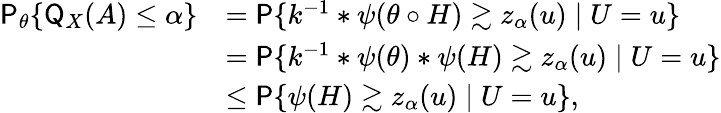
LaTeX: \begin{array}{rl}{\mathsf{P}_{\theta}\{ \mathsf{Q}_{X}(A)\leq\alpha\} }&{=\mathsf{P}\{ k^{-1}\ast\psi(\theta\circ H)\gtrsim z_{\alpha}(u)\mid U=u\} }\\ &{=\mathsf{P}\{ k^{-1}\ast\psi(\theta)\ast\psi(H)\gtrsim z_{\alpha}(u)\mid U=u\} }\\ &{\leq\mathsf{P}\{ \psi(H)\gtrsim z_{\alpha}(u)\mid U=u\} ,}\end{array}